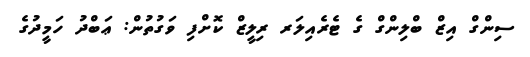
ސިންގް އިޒް ބްލިންގް ގެ ޓެރެއިލަރ ރިލީޒް ކޮށްފި ވަގުތުން: ޢަބްދު ހަމީދުގެ